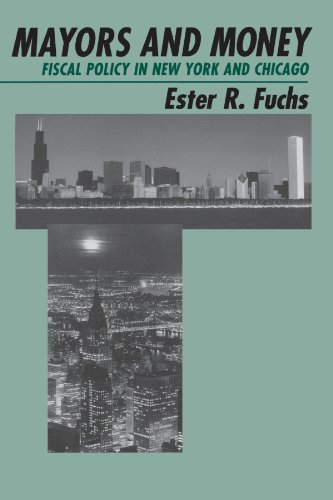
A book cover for Mayors and Money: Fiscal Policy in New York and Chicago (American Politics and Political Economy Series); Ester R. Fuchs; Business & Money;